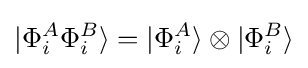
|{\Phi _{i}^{A}\Phi _{i}^{B}}\rangle =|{\Phi _{i}^{A}}\rangle \otimes |{\Phi _{i}^{B}}\rangle